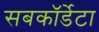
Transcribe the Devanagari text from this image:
सबकॉर्डेटा